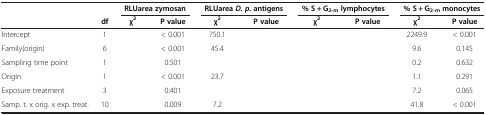
<table><thead><tr><td>[EMPTY_CELL]</td><td>[EMPTY_CELL]</td><td colspan="2"><b>RLUarea zymosan</b></td><td colspan="2"><b>RLUarea <i>D. p. </i>antigens</b></td><td colspan="2"><b>% S + G<sub>2-m </sub>lymphocytes</b></td><td colspan="2"><b>% S + G<sub>2-m </sub>monocytes</b></td></tr><tr><td>[EMPTY_CELL]</td><td><b>df</b></td><td><b>χ<sup>2</sup></b></td><td><b>P value</b></td><td><b>χ<sup>2</sup></b></td><td><b>P value</b></td><td><b>χ<sup>2</sup></b></td><td><b>P value</b></td><td><b>χ<sup>2</sup></b></td><td><b>P value</b></td></tr></thead><tbody><tr><td>Intercept</td><td>1</td><td>[EMPTY_CELL]</td><td>&lt; 0.001</td><td>750.1</td><td>[EMPTY_CELL]</td><td>[EMPTY_CELL]</td><td>[EMPTY_CELL]</td><td>2249.9</td><td>&lt; 0.001</td></tr><tr><td>Family(origin)</td><td>6</td><td>[EMPTY_CELL]</td><td>&lt; 0.001</td><td>45.4</td><td>[EMPTY_CELL]</td><td>[EMPTY_CELL]</td><td>[EMPTY_CELL]</td><td>9.6</td><td>0.145</td></tr><tr><td>Sampling time point</td><td>1</td><td>[EMPTY_CELL]</td><td>0.501</td><td>[EMPTY_CELL]</td><td>[EMPTY_CELL]</td><td>[EMPTY_CELL]</td><td>[EMPTY_CELL]</td><td>0.2</td><td>0.632</td></tr><tr><td>Origin</td><td>1</td><td>[EMPTY_CELL]</td><td>&lt; 0.001</td><td>23.7</td><td>[EMPTY_CELL]</td><td>[EMPTY_CELL]</td><td>[EMPTY_CELL]</td><td>1.1</td><td>0.291</td></tr><tr><td>Exposure treatment</td><td>3</td><td>[EMPTY_CELL]</td><td>0.401</td><td>[EMPTY_CELL]</td><td>[EMPTY_CELL]</td><td>[EMPTY_CELL]</td><td>[EMPTY_CELL]</td><td>7.2</td><td>0.065</td></tr><tr><td>Samp. t. x orig. x exp. treat.</td><td>10</td><td>[EMPTY_CELL]</td><td>0.009</td><td>7.2</td><td>[EMPTY_CELL]</td><td>[EMPTY_CELL]</td><td>[EMPTY_CELL]</td><td>41.8</td><td>&lt; 0.001</td></tr></tbody></table>